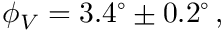
\phi _ { V } = 3 . 4 ^ { \circ } \pm 0 . 2 ^ { \circ } \, ,